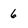
Character: 6